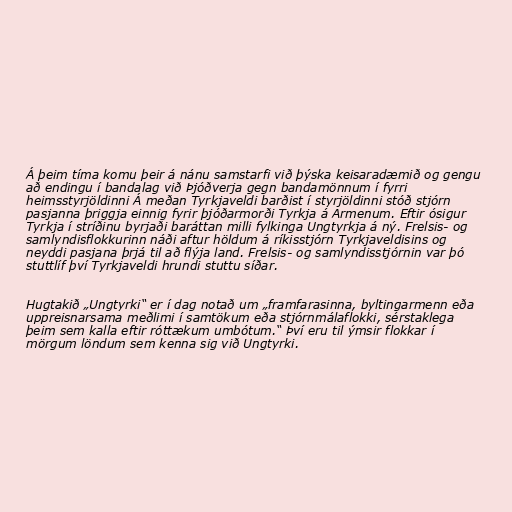
Á þeim tíma komu þeir á nánu samstarfi við þýska keisaradæmið og gengu
að endingu í bandalag við Þjóðverja gegn bandamönnum í fyrri
heimsstyrjöldinni Á meðan Tyrkjaveldi barðist í styrjöldinni stóð stjórn
pasjanna þriggja einnig fyrir þjóðarmorði Tyrkja á Armenum. Eftir ósigur
Tyrkja í stríðinu byrjaði baráttan milli fylkinga Ungtyrkja á ný. Frelsis- og
samlyndisflokkurinn náði aftur höldum á ríkisstjórn Tyrkjaveldisins og
neyddi pasjana þrjá til að flýja land. Frelsis- og samlyndisstjórnin var þó
stuttlíf því Tyrkjaveldi hrundi stuttu síðar.

Hugtakið „Ungtyrki“ er í dag notað um „framfarasinna, byltingarmenn eða
uppreisnarsama meðlimi í samtökum eða stjórnmálaflokki, sérstaklega
þeim sem kalla eftir róttækum umbótum.“ Því eru til ýmsir flokkar í
mörgum löndum sem kenna sig við Ungtyrki.